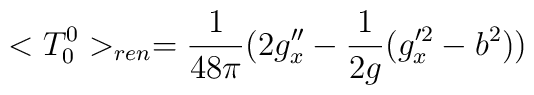
<T^0_0>_{ren}= {1 \over 48 \pi}(2g''_x-{ 1 \over 2g} (g'^2_x-b^2))